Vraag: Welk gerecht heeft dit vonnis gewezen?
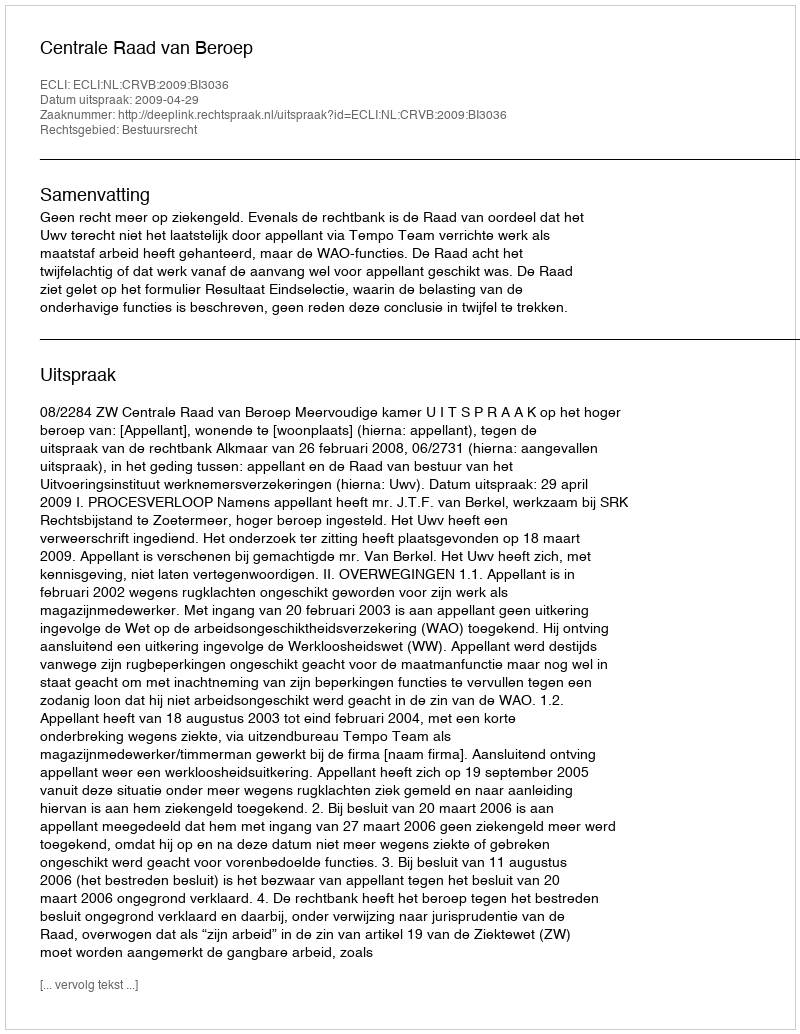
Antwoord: Centrale Raad van Beroep